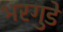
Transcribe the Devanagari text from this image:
भरगुडे